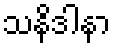
သနိဒါနာ